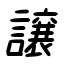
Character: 譲